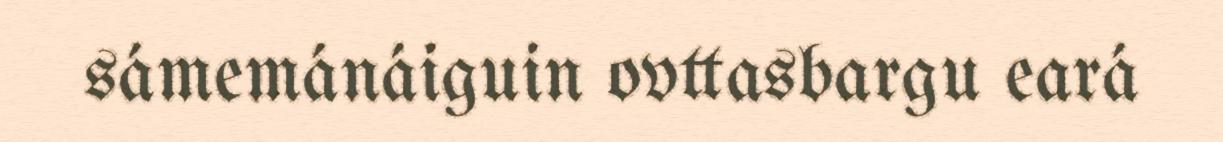
sámemánáiguin ovttasbargu eará